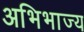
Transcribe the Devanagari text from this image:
अभिभाज्य